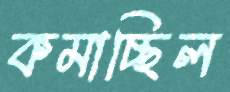
কমাচ্ছিল